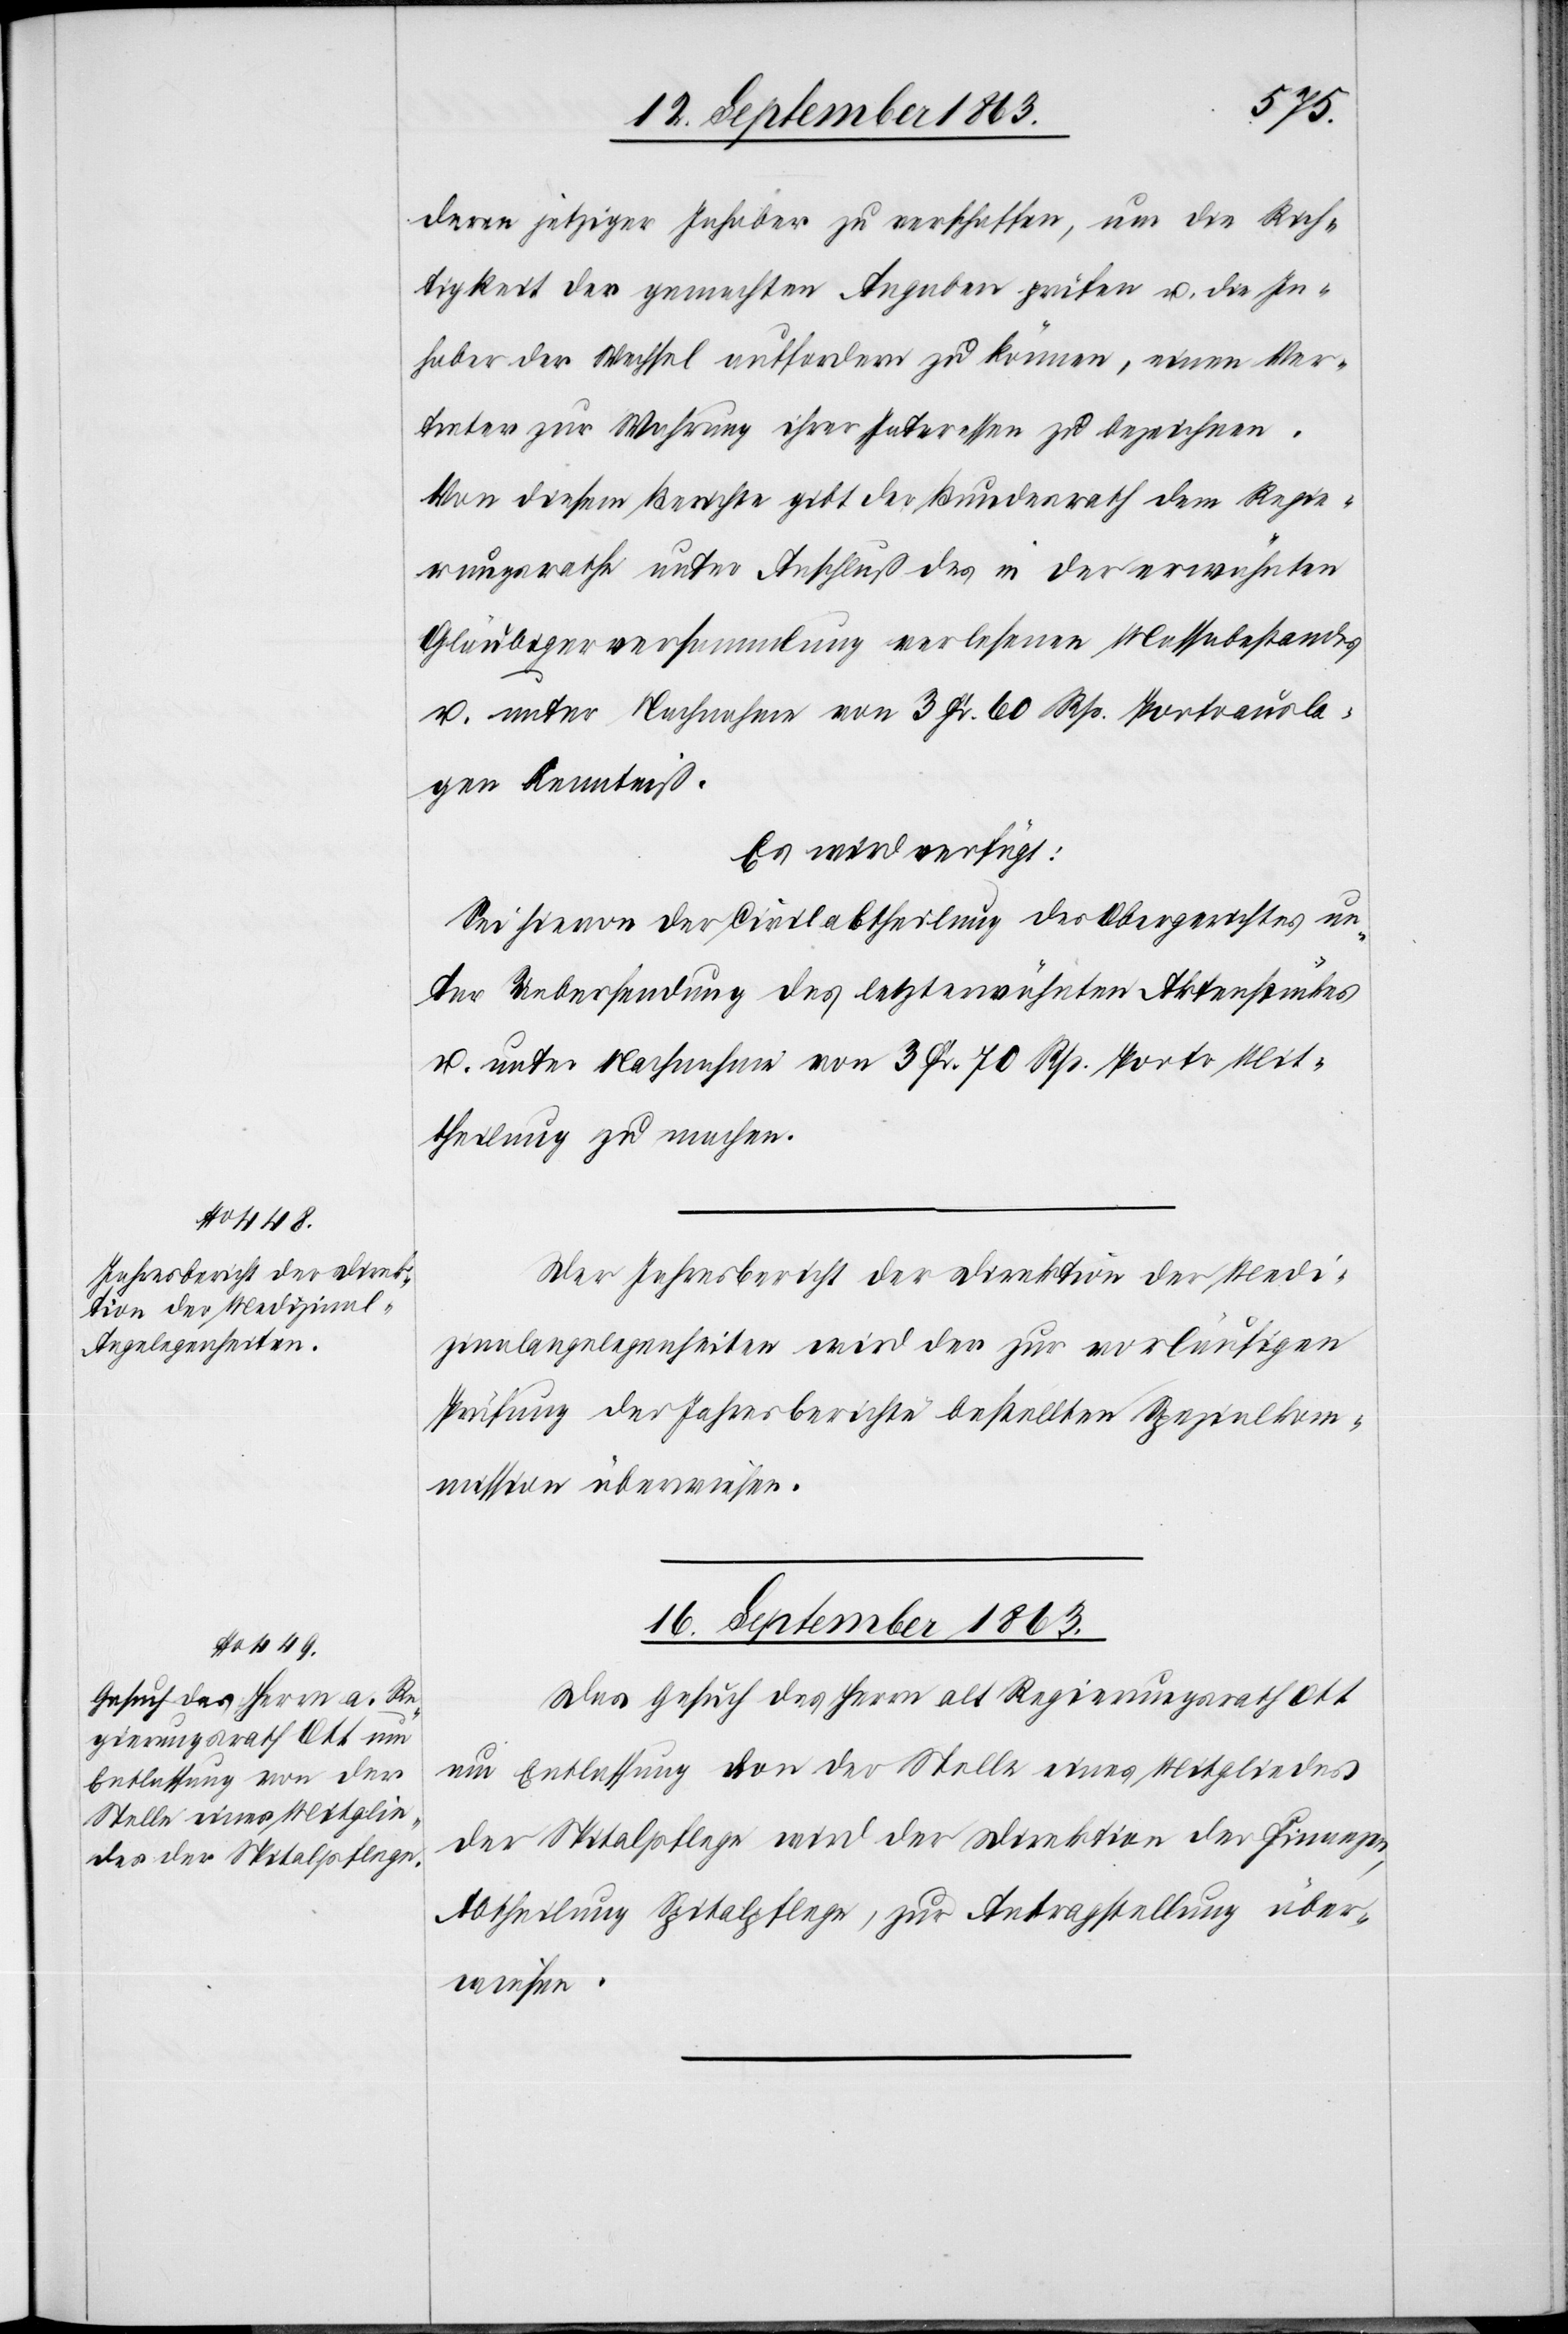
14. September 1863.]
deren jetziger Inhaber zu verschaffen, um die Rich¬
tigkeit der gemachten Angaben prüfen u. die In¬
haber der Wechsel auffordern zu können, einen Ver¬
treter zur Wahrung ihrer Interessen zu bezeichnen.
Von diesem Berichte gibt der Bundesrath dem Regie¬
rungsrathe unter Anschluß des in der erwähnten
Gläubigerversammlung verlesenen Massabestandes
u. unter Nachnahme von 3 Fr. 60 Rp. Portoausla¬
gen Kenntniß.
Es wird verfügt:
Sei hievon der Civilabtheilung des Obergerichtes un¬
ter Uebersendung des letzterwähnten Aktenstückes
u. unter Nachnahme von 3 Fr. 70 Rp. Porto Mit¬
theilung zu machen.
Der Jahresbericht der Direktion der Medi¬
zinalangelegenheiten wird der zur vorläufigen
Prüfung der Jahresberichte bestellten Spezialkom¬
mission überwiesen.
16. September 1863.
Das Gesuch des Herrn alt Regierungsrath Ott
um Entlassung von der Stelle eines Mitgliedes
der Spitalpflege wird der Direktion der Finanzen,
Abtheilung Spitalpflege, zur Antragstellung über¬
wiesen.